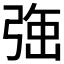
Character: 𭚹